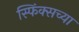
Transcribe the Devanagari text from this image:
स्फिंक्सच्या